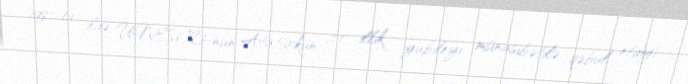
1981-ci ildə UNESCO-nun Atatürkün 100 illik yubileyi münasibətilə qəbul etdiyi